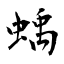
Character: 蝺